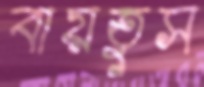
বায়তুস